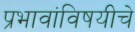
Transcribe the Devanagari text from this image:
प्रभावांविषयीचे